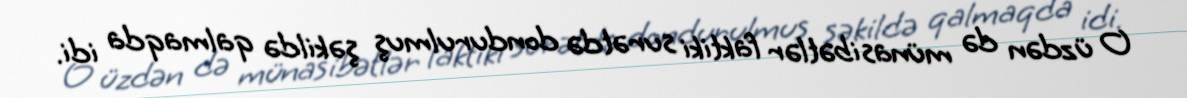
O üzdən də münasibətlər faktiki surətdə dondurulmuş şəkildə qalmaqda idi.